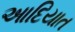
આદિયાત